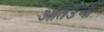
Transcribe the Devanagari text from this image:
अतिउंची